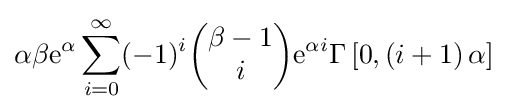
\alpha \beta \mathrm {e} ^{\alpha }\sum _{i=0}^{\infty }(-1)^{i}{\begin{pmatrix}\beta -1\\i\end{pmatrix}}\mathrm {e} ^{\alpha i}\Gamma \left[0,\left(i+1\right)\alpha \right]